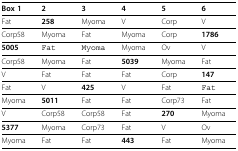
| Box 1 | 2 | 3 | 4 | 5 | 6 |
 | --- | --- | --- | --- | --- | --- |
 | Fat | 258 | Myoma | V | Corp | V |
 | Corp58 | Myoma | Fat | Myoma | Corp | 1786 |
 | 5005 | Fat | Myoma | Myoma | Ov | V |
 | Corp58 | Myoma | Fat | 5039 | Myoma | Fat |
 | V | Fat | Fat | Fat | Corp | 147 |
 | Fat | V | 425 | V | Fat | Fat |
 | Myoma | 5011 | Fat | Fat | Corp73 | Fat |
 | V | Corp58 | Corp58 | Fat | 270 | Myoma |
 | 5377 | Myoma | Corp73 | Fat | V | Ov |
 | Myoma | Fat | Fat | 443 | Fat | Myoma |